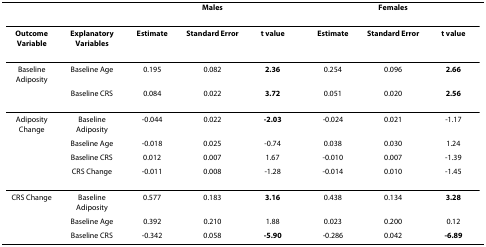
|  |  | <COLSPAN=3> Males | <COLSPAN=3> Females |
 | --- | --- | --- | --- | --- | --- | --- | --- |
 | Outcome Variable | Explanatory Variables | Estimate | Standard Error | t value | Estimate | Standard Error | t value |
 | Baseline Adiposity | Baseline Age | 0.195 | 0.082 | 2.36 | 0.254 | 0.096 | 2.66 |
 |  | Baseline CRS | 0.084 | 0.022 | 3.72 | 0.051 | 0.020 | 2.56 |
 | Adiposity Change | Baseline Adiposity | -0.044 | 0.022 | -2.03 | -0.024 | 0.021 | -1.17 |
 |  | Baseline Age | -0.018 | 0.025 | -0.74 | 0.038 | 0.030 | 1.24 |
 |  | Baseline CRS | 0.012 | 0.007 | 1.67 | -0.010 | 0.007 | -1.39 |
 |  | CRS Change | -0.011 | 0.008 | -1.28 | -0.014 | 0.010 | -1.45 |
 | CRS Change | Baseline Adiposity | 0.577 | 0.183 | 3.16 | 0.438 | 0.134 | 3.28 |
 |  | Baseline Age | 0.392 | 0.210 | 1.88 | 0.023 | 0.200 | 0.12 |
 |  | Baseline CRS | -0.342 | 0.058 | -5.90 | -0.286 | 0.042 | -6.89 |